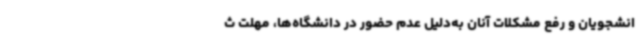
انشجویان و رفع مشکلات آنان به‌دلیل عدم حضور در دانشگاه‌ها، مهلت ث